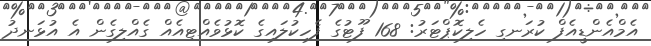
އެމްއެންޑީއެފް ކުރަނގި ހެލިކޮޕްޓަރު: 168 ފޫޓުގެ ފެހިކުލައިގެ ކޮޅުވެއްޓިއެއް ގެއްލިގެން އެ އުޅަނދު